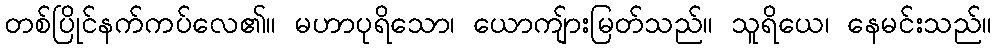
တစ်ပြိုင်နက်ကပ်လေ၏။ မဟာပုရိသော၊ ယောကျ်ားမြတ်သည်။ သူရိယေ၊ နေမင်းသည်။